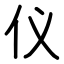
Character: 仪